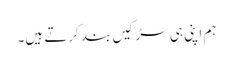
ہم اپنی ہی سڑکیں بند کرتے ہیں۔